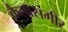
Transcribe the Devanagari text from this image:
कैलासगीर